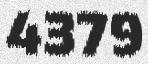
4379